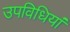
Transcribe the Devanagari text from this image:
उपविधियां